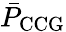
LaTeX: \bar{P}_{\mathrm{CCG}}